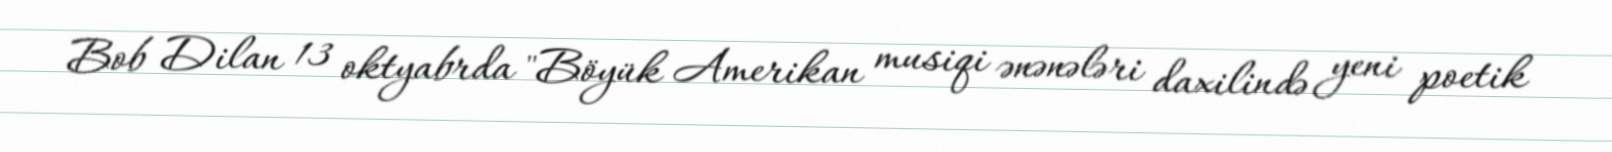
Bob Dilan 13 oktyabrda "Böyük Amerikan musiqi ənənələri daxilində yeni poetik